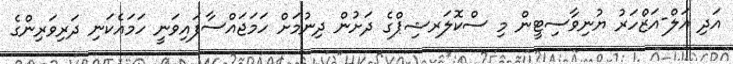
އަދި އަލް-އަޒްހަރު ޔުނިވާސިޓީން މި ސްކޮލަރޝިޕްގެ ދަށުން ދިނުމަށް ހަމަޖައްސާފައިވަނީ ހަމައެެކަނި ދަރިވަރިންގެ